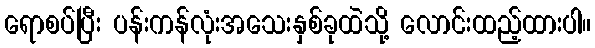
ရောစပ်ပြီး ပန်းကန်လုံးအသေးနှစ်ခုထဲသို့ လောင်းထည့်ထားပါ။